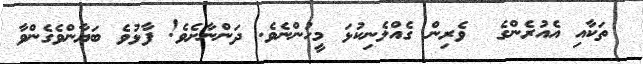
ތަކާއި އެއުރެންގެ  ވެރިން ގެއްލެނިކުޅަ މީހުންނެވެ. ދަންނާށެވެ! ފާޅުވެ ބަޔާންވެގެންވާ